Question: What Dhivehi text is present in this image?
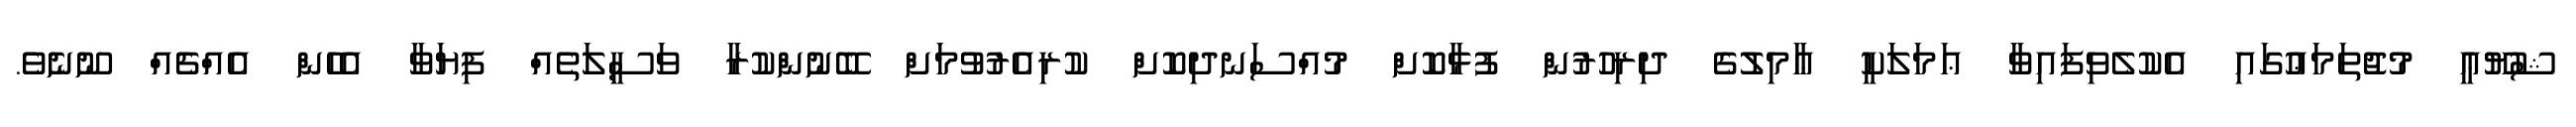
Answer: ޝުޔޫޢީ މުޖުތަމަޢުގައި އެކުލެވިފައިވާ ޢަމަލަކީ ޢާމިލުގެ ދިރިހުރުން ފުޅާކޮށް މުއްސަނދިކޮށް ކުރިއެރުވުމަށް ބޭނުންކުރާ ވަސީލަތެއް ފިޔަވާ އެހެން އެއްޗެއް ނޫނެވެ.